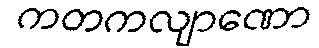
ကတကလျာဏော